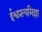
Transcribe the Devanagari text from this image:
ईश्वप्रत्यमिज्ञा